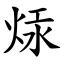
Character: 㶹